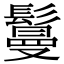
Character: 鬘